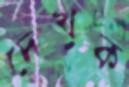
দেখুক